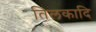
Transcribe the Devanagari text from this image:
तिलकादि